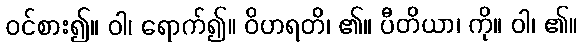
ဝင်စား၍။ ဝါ၊ ရောက်၍။ ဝိဟရတိ၊ ၏။ ပီတိယာ၊ ကို။ ဝါ၊ ၏။